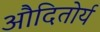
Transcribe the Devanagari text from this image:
औदितोर्य